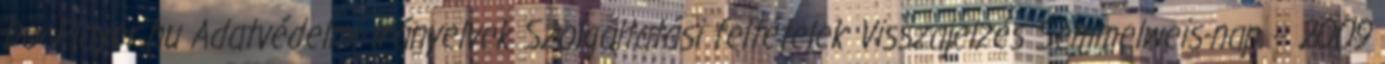
DocPlayer.hu Adatvédelmi irányelvek Szolgáltatási feltételek Visszajelzés Semmelweis-nap – 2009